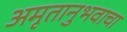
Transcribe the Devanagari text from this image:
अमृतानुभवाचा